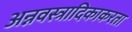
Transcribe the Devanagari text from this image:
अन्नवस्त्रादिकाकरता